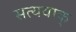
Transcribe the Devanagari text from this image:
सत्यवाक्‌